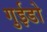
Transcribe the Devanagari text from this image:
गुईडो